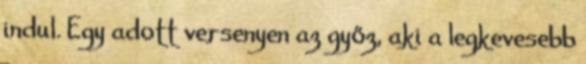
indul. Egy adott versenyen az győz, aki a legkevesebb